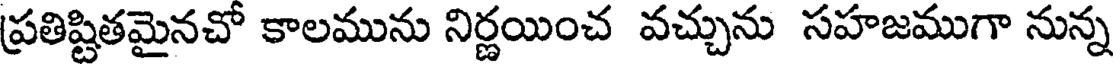
ప్రతిష్టితమైనచో కాలమును నిర్ణయించ వచ్చును సహజముగా నున్న